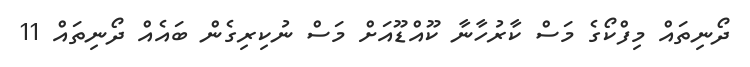
ދޯނިތައް މިފްކޯގެ މަސް ކާރުހާނާ ކޫއްޑޫއަށް މަސް ނުކިރިގެން ބައެއް ދޯނިތައް 11